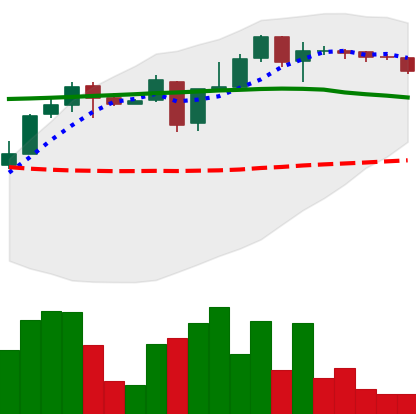
Ticker: XLM-USD
Chart end date: 2018-05-06
Forward return: -23.9%
Label: down_7plus